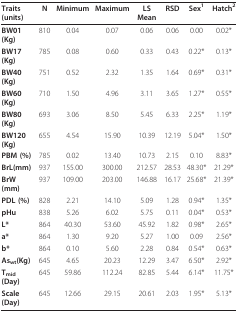
<table><thead><tr><td><b>Traits(units)</b></td><td><b>N</b></td><td><b>Minimum</b></td><td><b>Maximum</b></td><td><b>LS Mean</b></td><td><b>RSD</b></td><td><b>Sex<sup>1</sup></b></td><td><b>Hatch<sup>2</sup></b></td></tr></thead><tbody><tr><td><b>BW01(Kg)</b></td><td>810</td><td>0.04</td><td>0.07</td><td>0.06</td><td>0.06</td><td>0.00</td><td>0.02*</td></tr><tr><td><b>BW17(Kg)</b></td><td>785</td><td>0.08</td><td>0.60</td><td>0.33</td><td>0.43</td><td>0.22*</td><td>0.13*</td></tr><tr><td><b>BW40(Kg)</b></td><td>751</td><td>0.52</td><td>2.32</td><td>1.35</td><td>1.64</td><td>0.69*</td><td>0.31*</td></tr><tr><td><b>BW60(Kg)</b></td><td>710</td><td>1.50</td><td>4.96</td><td>3.11</td><td>3.65</td><td>1.27*</td><td>0.55*</td></tr><tr><td><b>BW80(Kg)</b></td><td>693</td><td>3.06</td><td>8.50</td><td>5.45</td><td>6.33</td><td>2.25*</td><td>1.19*</td></tr><tr><td><b>BW120(Kg)</b></td><td>655</td><td>4.54</td><td>15.90</td><td>10.39</td><td>12.19</td><td>5.04*</td><td>1.50*</td></tr><tr><td><b>PBM (%)</b></td><td>785</td><td>0.02</td><td>13.40</td><td>10.73</td><td>2.15</td><td>0.10</td><td>8.83*</td></tr><tr><td><b>BrL(mm)</b></td><td>937</td><td>155.00</td><td>300.00</td><td>212.57</td><td>28.53</td><td>48.30*</td><td>21.29*</td></tr><tr><td><b>BrW(mm)</b></td><td>937</td><td>109.00</td><td>203.00</td><td>146.88</td><td>16.17</td><td>25.68*</td><td>21.39*</td></tr><tr><td><b>PDL (%)</b></td><td>828</td><td>2.21</td><td>14.10</td><td>5.09</td><td>1.28</td><td>0.94*</td><td>1.35*</td></tr><tr><td><b>pHu</b></td><td>838</td><td>5.26</td><td>6.02</td><td>5.75</td><td>0.11</td><td>0.04*</td><td>0.53*</td></tr><tr><td><b>L*</b></td><td>864</td><td>40.30</td><td>53.60</td><td>45.92</td><td>1.82</td><td>0.98*</td><td>2.65*</td></tr><tr><td><b>a*</b></td><td>864</td><td>1.30</td><td>9.20</td><td>5.27</td><td>1.00</td><td>0.09</td><td>2.56*</td></tr><tr><td><b>b*</b></td><td>864</td><td>0.10</td><td>5.60</td><td>2.28</td><td>0.84</td><td>0.54*</td><td>0.63*</td></tr><tr><td><b>As<sub>wt</sub>(Kg)</b></td><td>645</td><td>4.65</td><td>20.23</td><td>12.29</td><td>3.47</td><td>6.50*</td><td>2.92*</td></tr><tr><td><b>T<sub>mid</sub>(Day)</b></td><td>645</td><td>59.86</td><td>112.24</td><td>82.85</td><td>5.44</td><td>6.14*</td><td>11.75*</td></tr><tr><td><b>Scale(Day)</b></td><td>645</td><td>12.66</td><td>29.15</td><td>20.61</td><td>2.03</td><td>1.95*</td><td>5.13*</td></tr></tbody></table>